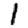
Digit: 1